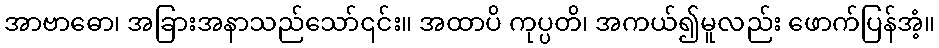
အာဗာဓော၊ အခြားအနာသည်သော်၎င်း။ အထာပိ ကုပ္ပတိ၊ အကယ်၍မူလည်း ဖောက်ပြန်အံ့။